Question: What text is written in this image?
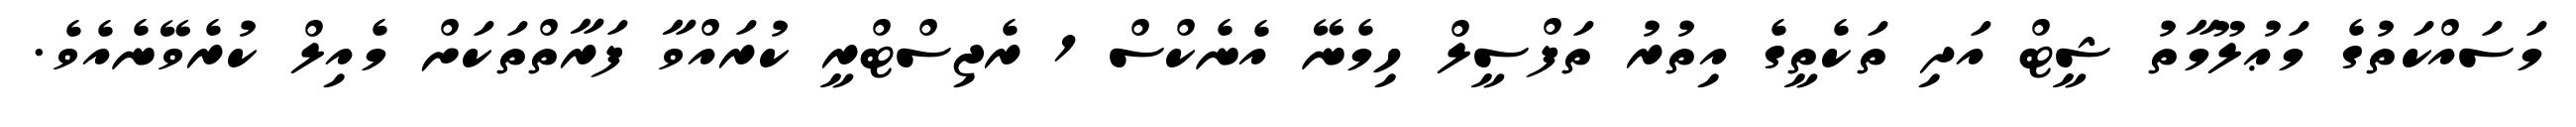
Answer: މަސައްކަތުގެ މަޢުލޫމާތު ޝީޓް އަދި ތަކެތީގެ އިތުރު ތަފްސީލް ހިމެނޭ އެނެކްސް 1 ރެޖިސްޓްރީ ކުރައްވާ ފަރާތްތަކަށް މެއިލް ކުރެވޭނެއެވެ.